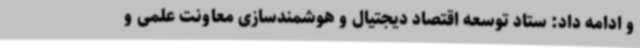
و ادامه داد: ستاد توسعه اقتصاد دیجتیال و هوشمندسازی معاونت علمی و